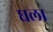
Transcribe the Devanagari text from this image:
घला